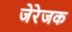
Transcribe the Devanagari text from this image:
जेरेजक